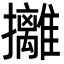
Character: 攡